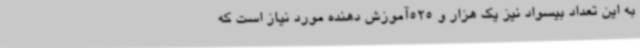
به این تعداد بیسواد نیز یک هزار و 525آموزش دهنده مورد نیاز است که